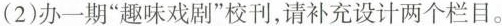
(2)办一期”趣味戏剧”校刊，请补充设计两个栏目。